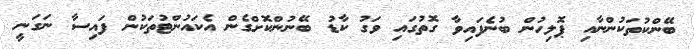
ބޭންކުތަކުންނާއި ޕޮލިހުން ބުނެފައިވާ ގޮތުގައި ވަގު ކާޑު ބޭނުންކޮށްގެން އެކައުންޓުތަކުން ފައިސާ ނަގަނީ